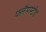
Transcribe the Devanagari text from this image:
फ्लैमस्टीड